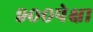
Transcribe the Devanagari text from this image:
९००पेक्षा